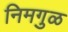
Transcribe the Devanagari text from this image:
निमगुळ